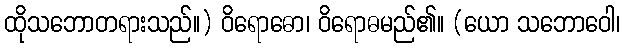
ထိုသဘောတရားသည်။) ဝိရောဓော၊ ဝိရောဓမည်၏။ (ယော သဘောဝေါ၊